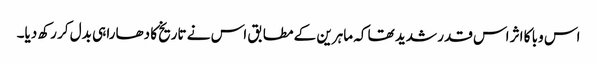
اس وبا کا اثر اس قدر شدید تھا کہ ماہرین کے مطابق اس نے تاریخ کا دھارا ہی بدل کر رکھ دیا۔